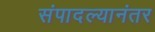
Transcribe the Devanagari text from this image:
संपादल्यानंतर